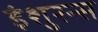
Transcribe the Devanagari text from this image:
इंशुरन्स